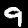
Digit: 9